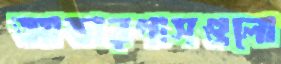
আন্ডারপাসগুলো